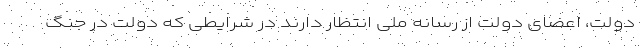
دولت، اعضای دولت از رسانه ملی انتظار دارند در شرایطی که دولت در جنگ